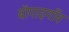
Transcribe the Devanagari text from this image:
बोंगाइगाँव